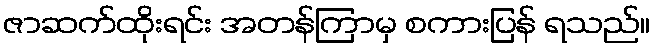
ဇာဆက်ထိုးရင်း အတန်ကြာမှ စကားပြန် ရသည်။